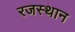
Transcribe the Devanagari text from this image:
रजस्थान